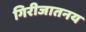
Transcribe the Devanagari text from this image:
गिरीजातनय